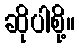
ဆိုပါစို့။